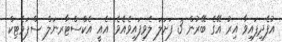
އުފެދިފައިވާ އިރު އޭގެ ބޭރުން 3 ފަށަލަ ލެވިފައިވެއެވެ. އެއީ އެކްސްޓާރނަލް ސްޕަމެޓިކް